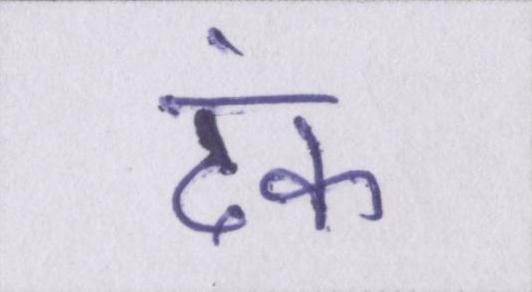
ढंक